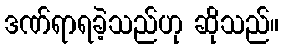
ဒဏ်ရာရခဲ့သည်ဟု ဆိုသည်။